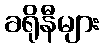
ခရိုနီများ